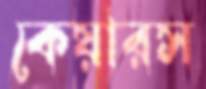
কেয়ারস